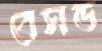
বেসড